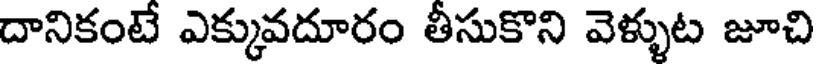
దానికంటే ఎక్కువదూరం తీసుకొని వెళ్ళుట జూచి